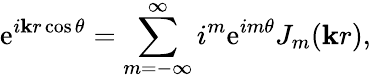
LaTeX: \mathrm{e}^{i\mathbf{k}r\cos{\theta}}=\displaystyle\sum_{m=-\infty}^{\infty}i^{m}\mathrm{e}^{im\theta}J_{m}(\mathbf{k}r),